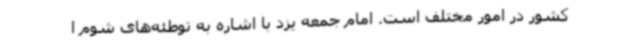
کشور در امور مختلف است. امام جمعه یزد با اشاره به توطئه‌های شوم ا